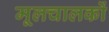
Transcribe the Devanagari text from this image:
मूलचालकों